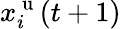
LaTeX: x_{i}^{\mathrm{~u~}}(t+1)